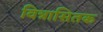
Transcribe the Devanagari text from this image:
वित्रासितक